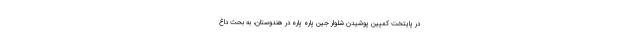
در پایتخت کمپین پوشیدن شلوار جین پاره پاره در هندوستان، به بحث داغ